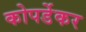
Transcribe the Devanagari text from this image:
कोपर्डेकर